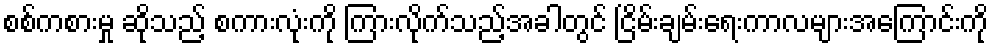
စစ်ကစားမှု ဆိုသည့် စကားလုံးကို ကြားလိုက်သည့်အခါတွင် ငြိမ်းချမ်းရေးကာလများအကြောင်းကို